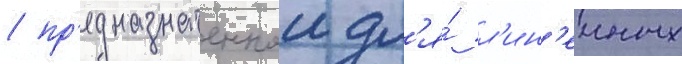
/ пр'едназначеннои дл'я́ л'ин'еиных